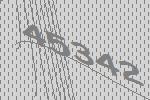
45342